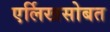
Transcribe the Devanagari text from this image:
एर्लिखसोबत